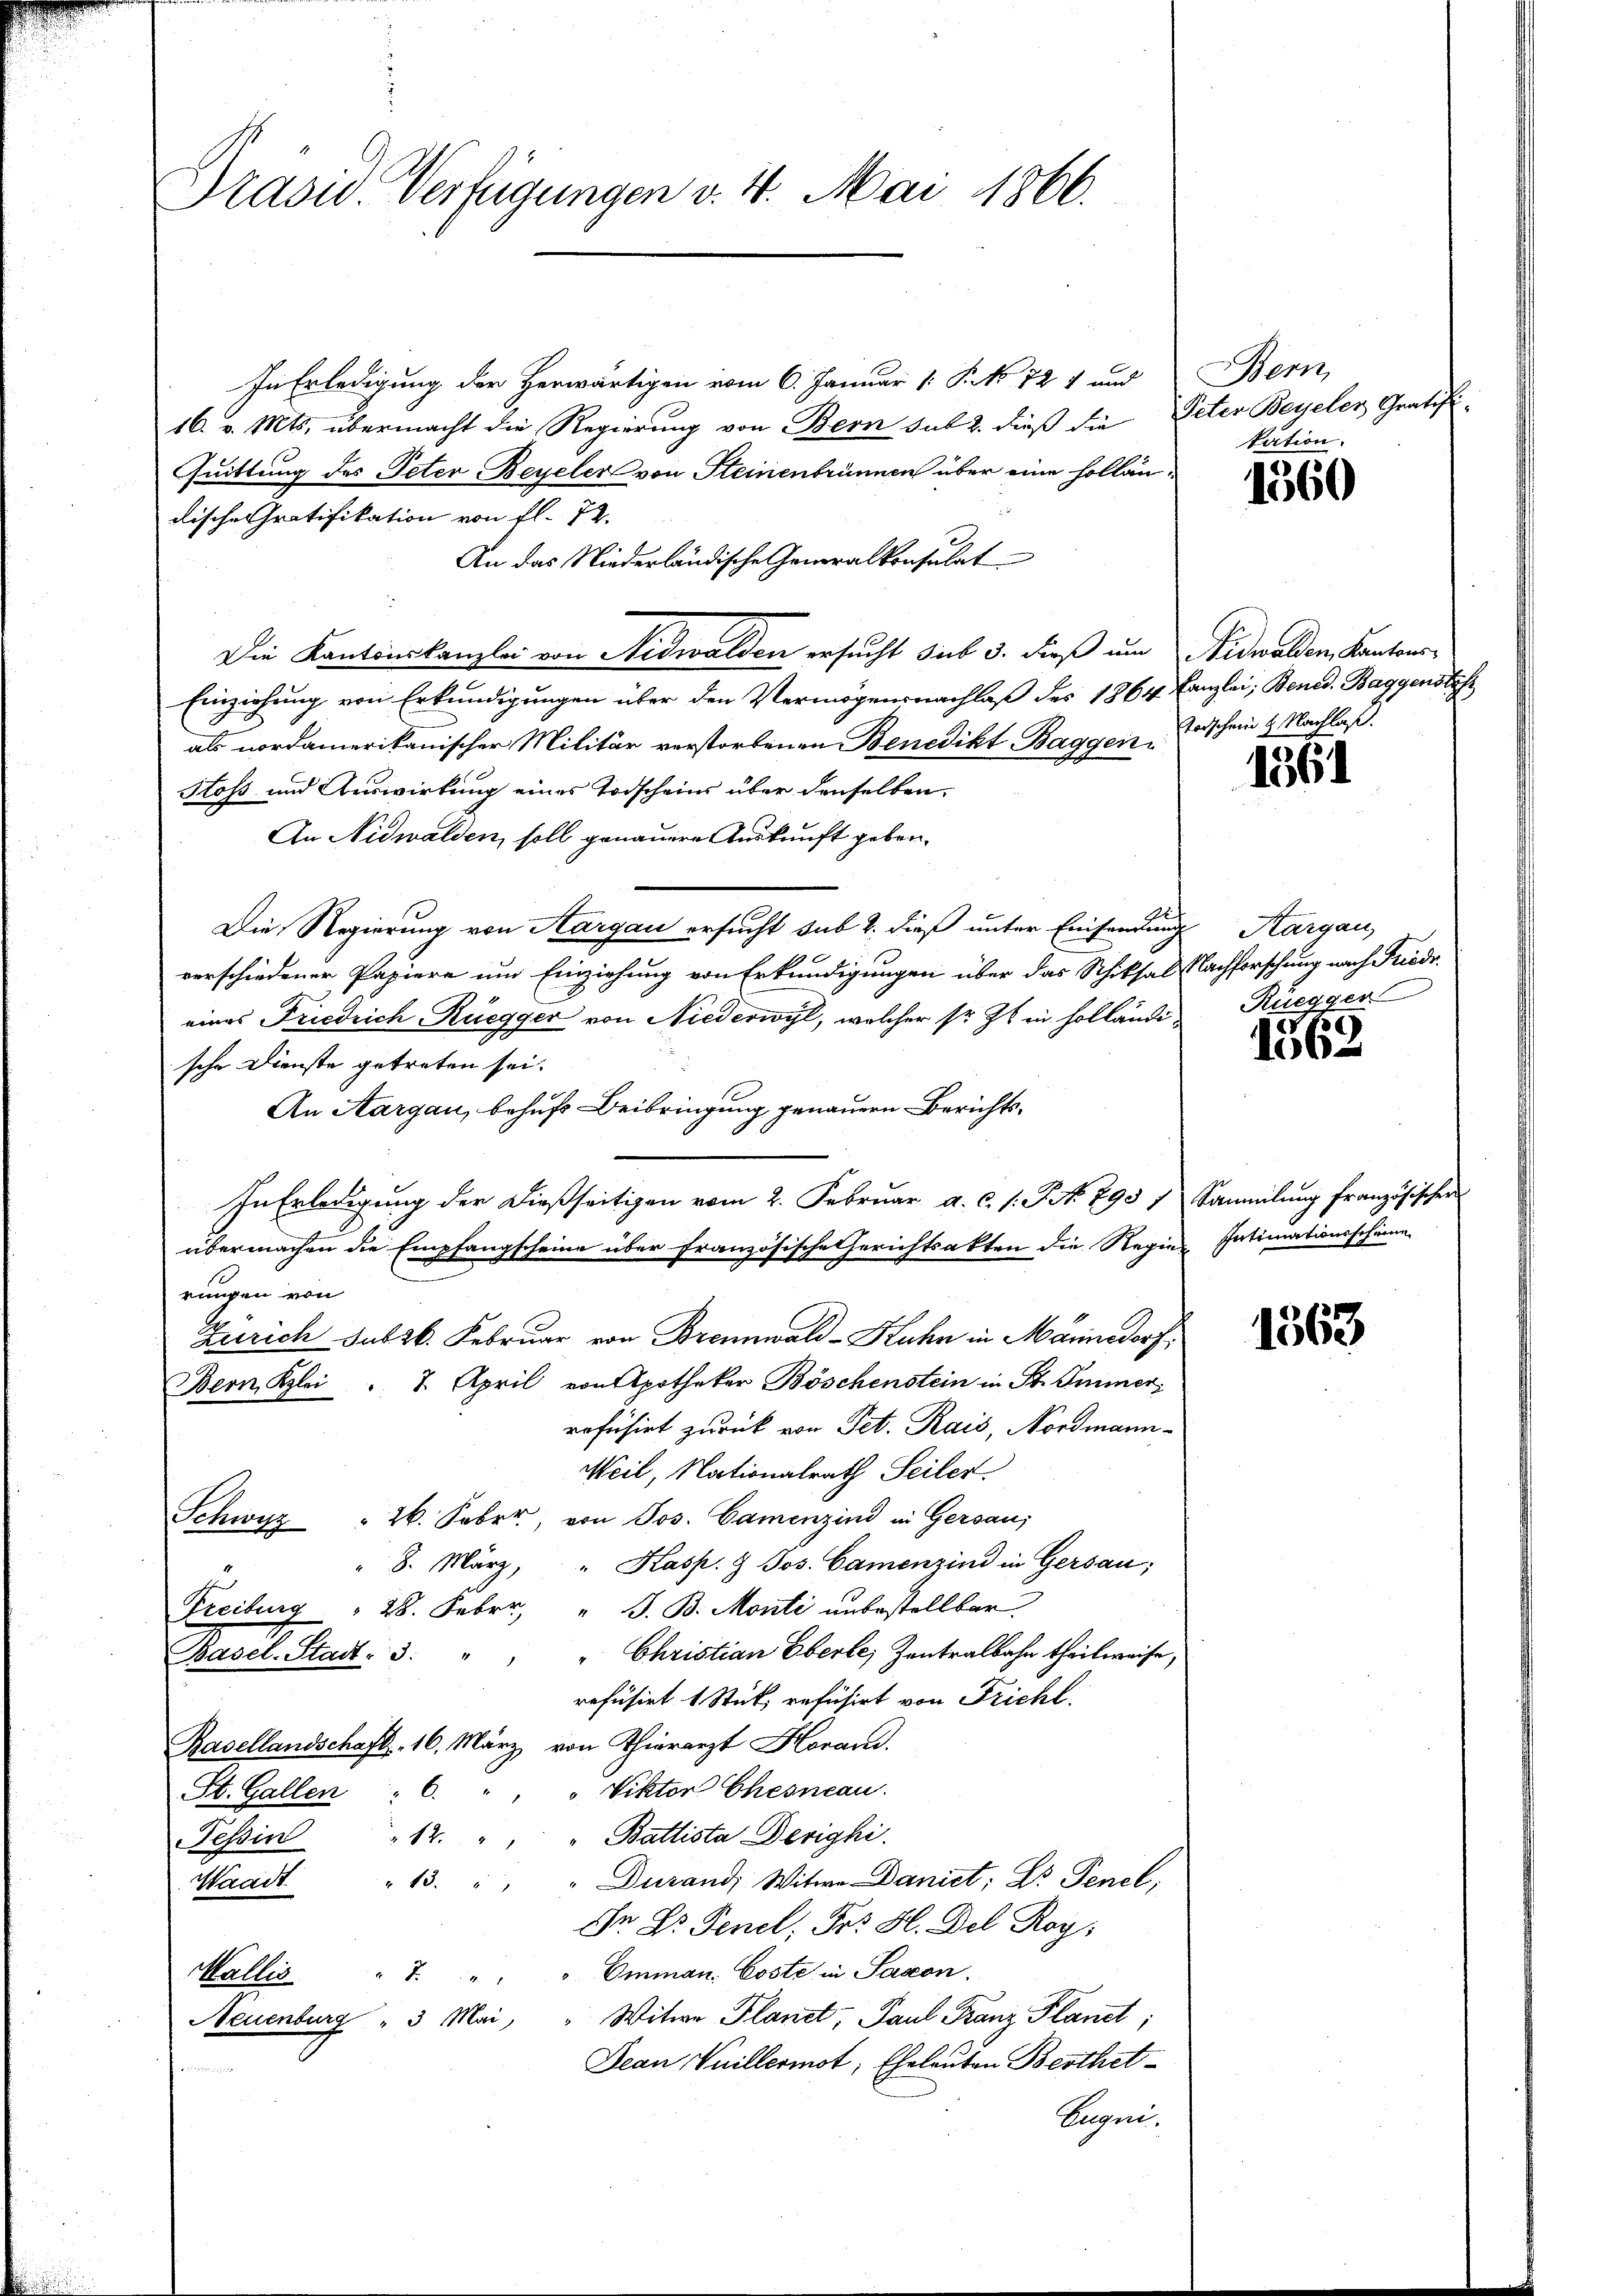
Präsid. Verfügungen v. 4. Mai 1866.

In Erledigung der Herwärtigen vom 6. Januar 1 P. NNo. 121 und Bern,
16. v. Mts. übermacht die Regierung von Bern sub 2. dieß die Peter Beyelen Gratif
Quittung des Peter Beyeler von Steinenbrünnen über eine Holländische Gratifikation von fl. 72.
An das Niederländische Generalkonsulat
Die Kantonskanzlei von Nidwalden ersucht sub 3. dieß um Nidwalden, Kantons-
Einziehung von Erkundigungen über den Vermögensnachlaß des 1864 Canzlei, Bened. Baggenste
als nordamerikanischer Militär verstorbenen Benedikt Baggen Vorschein & Nachlaß
Hoss und Auswirkung eines Todscheins über denselben,
An Nidwalden, soll genauere Auskunft geben.
Die Regierung von Aargau ersucht sub 2. dieß unter Einsendung Aargau,
verschiedener Papiere um Einziehung von Erkundigungen über das Schiksal Nachforschung nach Friedr.
eines Friedrich, Ruegger von Niederwyl, welcher sr. Zt. in holländische Dienste getreten sei.
An Aargau, behufs Beibringung genauern Berichts¬
In Erledigung der dießseitigen vom 2. Februar a. c. s. St. 793 1 Sammlung französischer
übermachen die Empfangscheine über französische Gerichtsakten die Regier Intimationsscheine
rungen von
Zürich Subsk. Februar von Brennwald-Kuhn in Männedorf,
Bern, Klei " 7. April von Apotheker Böschenstein in St. Immer,
rofuhirt zurück von Pet. Rais, Nordmann-
Weil, Nationalrath Seiler.
Schwyz  26. Febr., von Jos. Camenzind in Gersau,
" 8. März, " Kasp. & Jos. Camenzind in Gersau;
Freiburg  28. Feber, " J. B. Monti unbestellbar
Basel-Stadt- 3. " " " Christian Eberle, Zentralbahn theilweise,
refüsirt 1 Stück, refüsirt von Fricht.
Rasellandschaft 16. März von Thierarzt Horans
Viktor Chesneau.
St. Gallen 6. "
Tessin " 12. " " " Battista Devighi
Waadt " 13. " " " Durand, Witwe Danict; Dr Tenel,
Ir Dr. Fenel, Fr. H. Del Roy
Emman. Coste in Saxon.
Wallis " "
Neuenburg " 3 Mai, " Witwe Planet, Paul Franz Planet;
Dean Vuillermot, Eheleuten Besthet¬
 irge
Segni

kation.

1360

1361

Rüegger

1562

1363